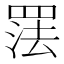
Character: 𰭑